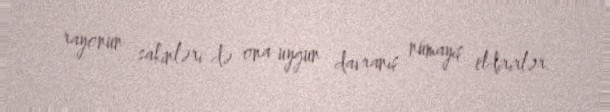
rayonun sakinləri də ona uyğun davranış nümayiş etdirirlər.